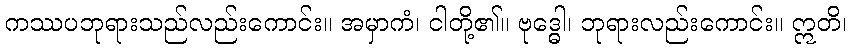
ကဿပဘုရားသည်လည်းကောင်း။ အမှာကံ၊ ငါတို့၏။ ဗုဒ္ဓေါ၊ ဘုရားလည်းကောင်း။ ဣတိ၊